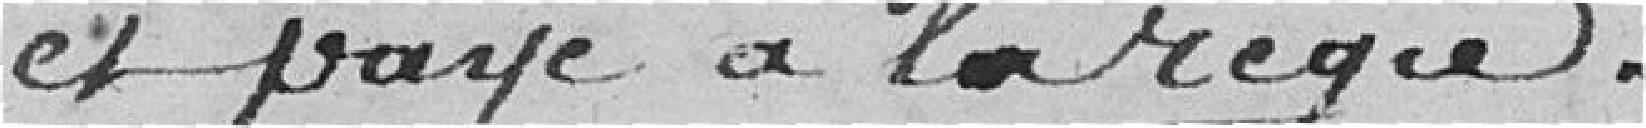
et payé à la régie.